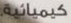
كيميائية.